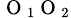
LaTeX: _{\mathrm{~O~}_{1}\mathrm{~O~}_{2}}